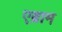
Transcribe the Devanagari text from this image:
एब्राम